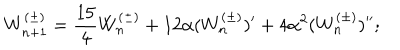
LaTeX: W _ { n + 1 } ^ { ( \pm ) } = \frac { 1 5 } { 4 } W _ { n } ^ { ( \pm ) } + 1 2 \alpha ( W _ { n } ^ { ( \pm ) } ) ^ { \prime } + 4 \alpha ^ { 2 } ( W _ { n } ^ { ( \pm ) } ) ^ { \prime \prime } ;